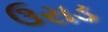
ઉરાડ